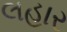
લહાર